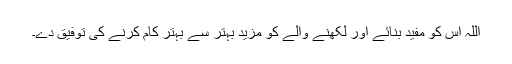
اللہ اس کو مفید بنائے اور لکھنے والے کو مزید بہتر سے بہتر کام کرنے کی توفیق دے۔